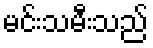
မင်းသမီးသည်